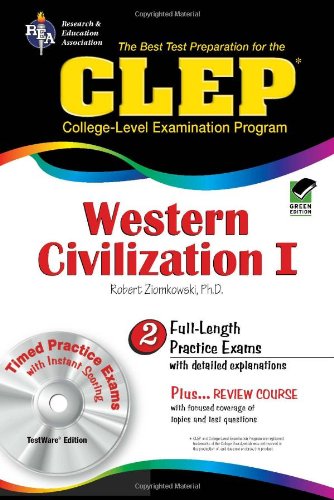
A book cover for CLEP Western Civilization I w/ CD-ROM (CLEP Test Preparation); Dr. Robert M Ziomkowski; Test Preparation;